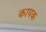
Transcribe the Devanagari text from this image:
कापक